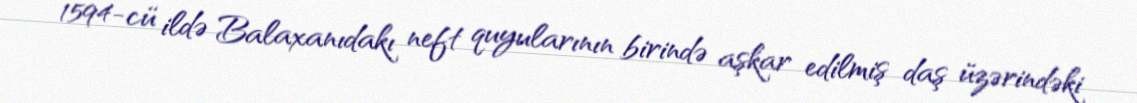
1594-cü ildə Balaxanıdakı neft quyularının birində aşkar edilmiş daş üzərindəki